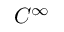
C ^ { \infty }